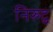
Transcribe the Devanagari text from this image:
निरुद्व